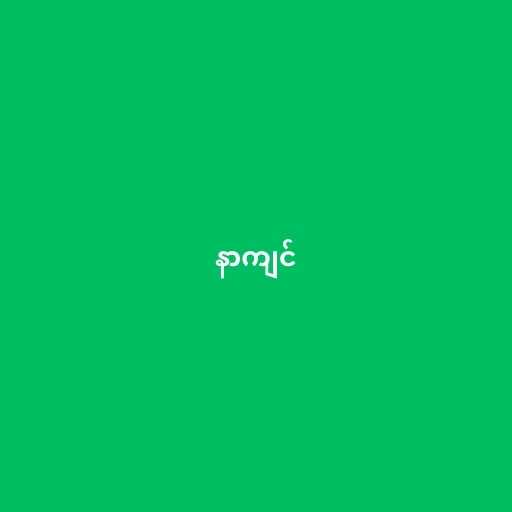
နာကျင်